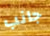
جانب